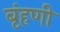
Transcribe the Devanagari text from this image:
बृंहणी